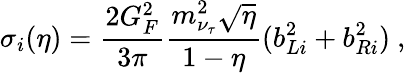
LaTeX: \sigma_{i}(\eta)=\frac{2G_{F}^{2}}{3\pi}\frac{m_{\nu_{\tau}}^{2}\sqrt{\eta}}{1-\eta}(b_{Li}^{2}+b_{Ri}^{2})~,